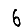
Digit: 6